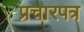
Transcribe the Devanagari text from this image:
प्रचारपत्र